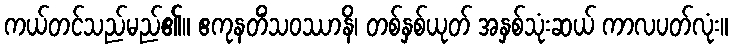
ကယ်တင်သည်မည်၏။ ဧကုနတိံသဝဿာနိ၊ တစ်နှစ်ယုတ် အနှစ်သုံးဆယ် ကာလပတ်လုံး။